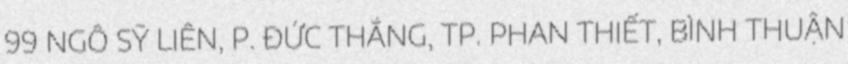
99 NGÔ SỸ LIÊN, P. ĐỨC THẮNG, TP. PHAN THIẾT, BÌNH THUẬN